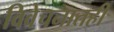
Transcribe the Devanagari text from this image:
विवेचनातही